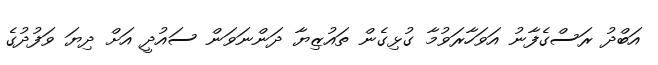
އަބްދު ރަސްގެފާނު އަވަހާރަވުމާ ގުޅިގެން ތައުޒިޔާ ދަންނަވަން ސައުދީ އަށް ދިޔަ ވަފުދުގެ